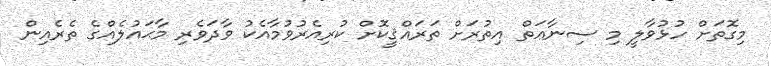
މިގޮތަށް ހުޅުވާލީ މި ސިނާޢަތް އިތުރަށް ތަރައްޤީކޮށް ކުރިއެރުވުމާއެކު ވާދަވެރި މާޙައުލެއްގެ ތެރެއިން